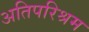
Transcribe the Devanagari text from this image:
अतिपरिश्रम